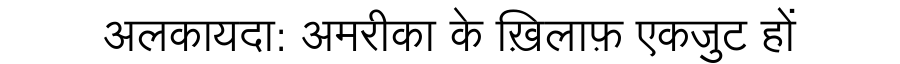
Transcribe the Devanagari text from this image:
अलकायदा: अमरीका के ख़िलाफ़ एकजुट हों